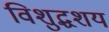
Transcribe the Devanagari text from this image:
विशुद्धशय